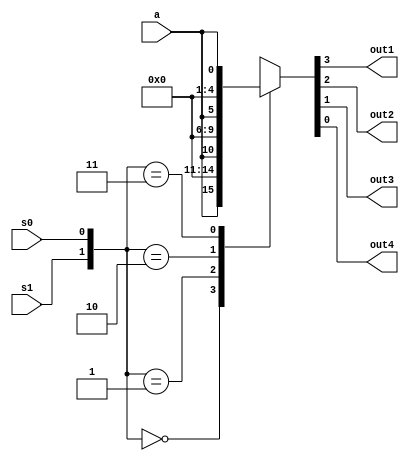
//This is for the 1:4 demux module.

module one_to_four_demux (a, s0, s1, out1, out2, out3, out4);
	input a;
	input s0, s1;	
	output out1, out2, out3, out4;
	reg out1, out2, out3, out4;
	
	always@(a or s1 or s0)
	begin
		case({s1, s0})
			2'b00 : {out1, out2, out3, out4} = {a, 3'b000};
			2'b01 : {out1, out2, out3, out4} = {1'b0, a, 2'b00};
			2'b10 : {out1, out2, out3, out4} = {2'b00, a, 1'b0};
			2'b11 : {out1, out2, out3, out4} = {3'b000, a};
		endcase
	end

endmodule